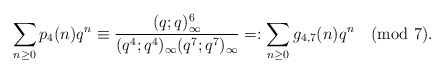
\begin{align*}\sum_{n\ge 0}p_{4}(n)q^n\equiv\frac{(q;q)_\infty^6}{(q^4;q^4)_\infty(q^{7};q^{7})_\infty}=:\sum_{n\ge 0}g_{4,7}(n)q^n \pmod{7}.\end{align*}